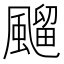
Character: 飀